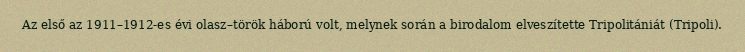
Az első az 1911–1912-es évi olasz–török háború volt, melynek során a birodalom elveszítette Tripolitániát (Tripoli).